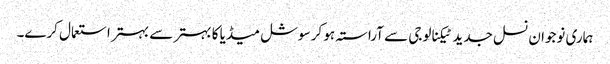
ہماری نوجوان نسل جدید ٹیکنالوجی سے آراستہ ہو کر سوشل میڈیا کا بہتر سے بہتر استعمال کرے۔